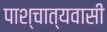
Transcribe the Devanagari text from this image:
पाश्चात्यवासी